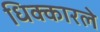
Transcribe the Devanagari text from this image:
धिक्कारले